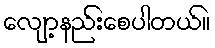
လျော့နည်းစေပါတယ်။